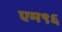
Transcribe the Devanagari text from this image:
एम९६